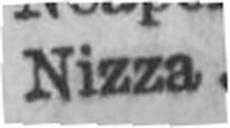
Nizza